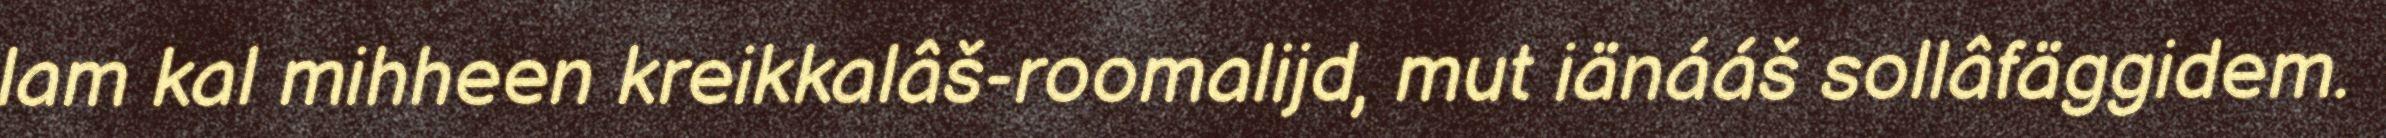
lam kal mihheen kreikkalâš-roomalijd, mut iänááš sollâfäggidem.